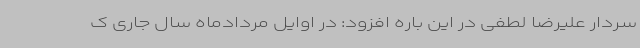
سردار علیرضا لطفی در این باره افزود: در اوایل مردادماه سال جاری ک